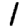
Digit: 1